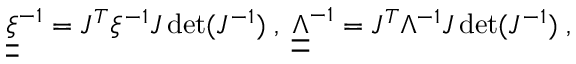
\underline { { \underline { { \xi } } } } ^ { - 1 } = J ^ { T } \xi ^ { - 1 } J \operatorname* { d e t } ( J ^ { - 1 } ) \; , \; \underline { { \underline { { \Lambda } } } } ^ { - 1 } = J ^ { T } \Lambda ^ { - 1 } J \operatorname* { d e t } ( J ^ { - 1 } ) \; ,